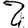
Digit: 2